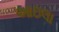
આઇલા